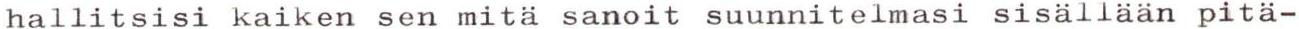
hallitsisi kaiken sen mitä sanoit suunnitelmasi sisällään pitä-